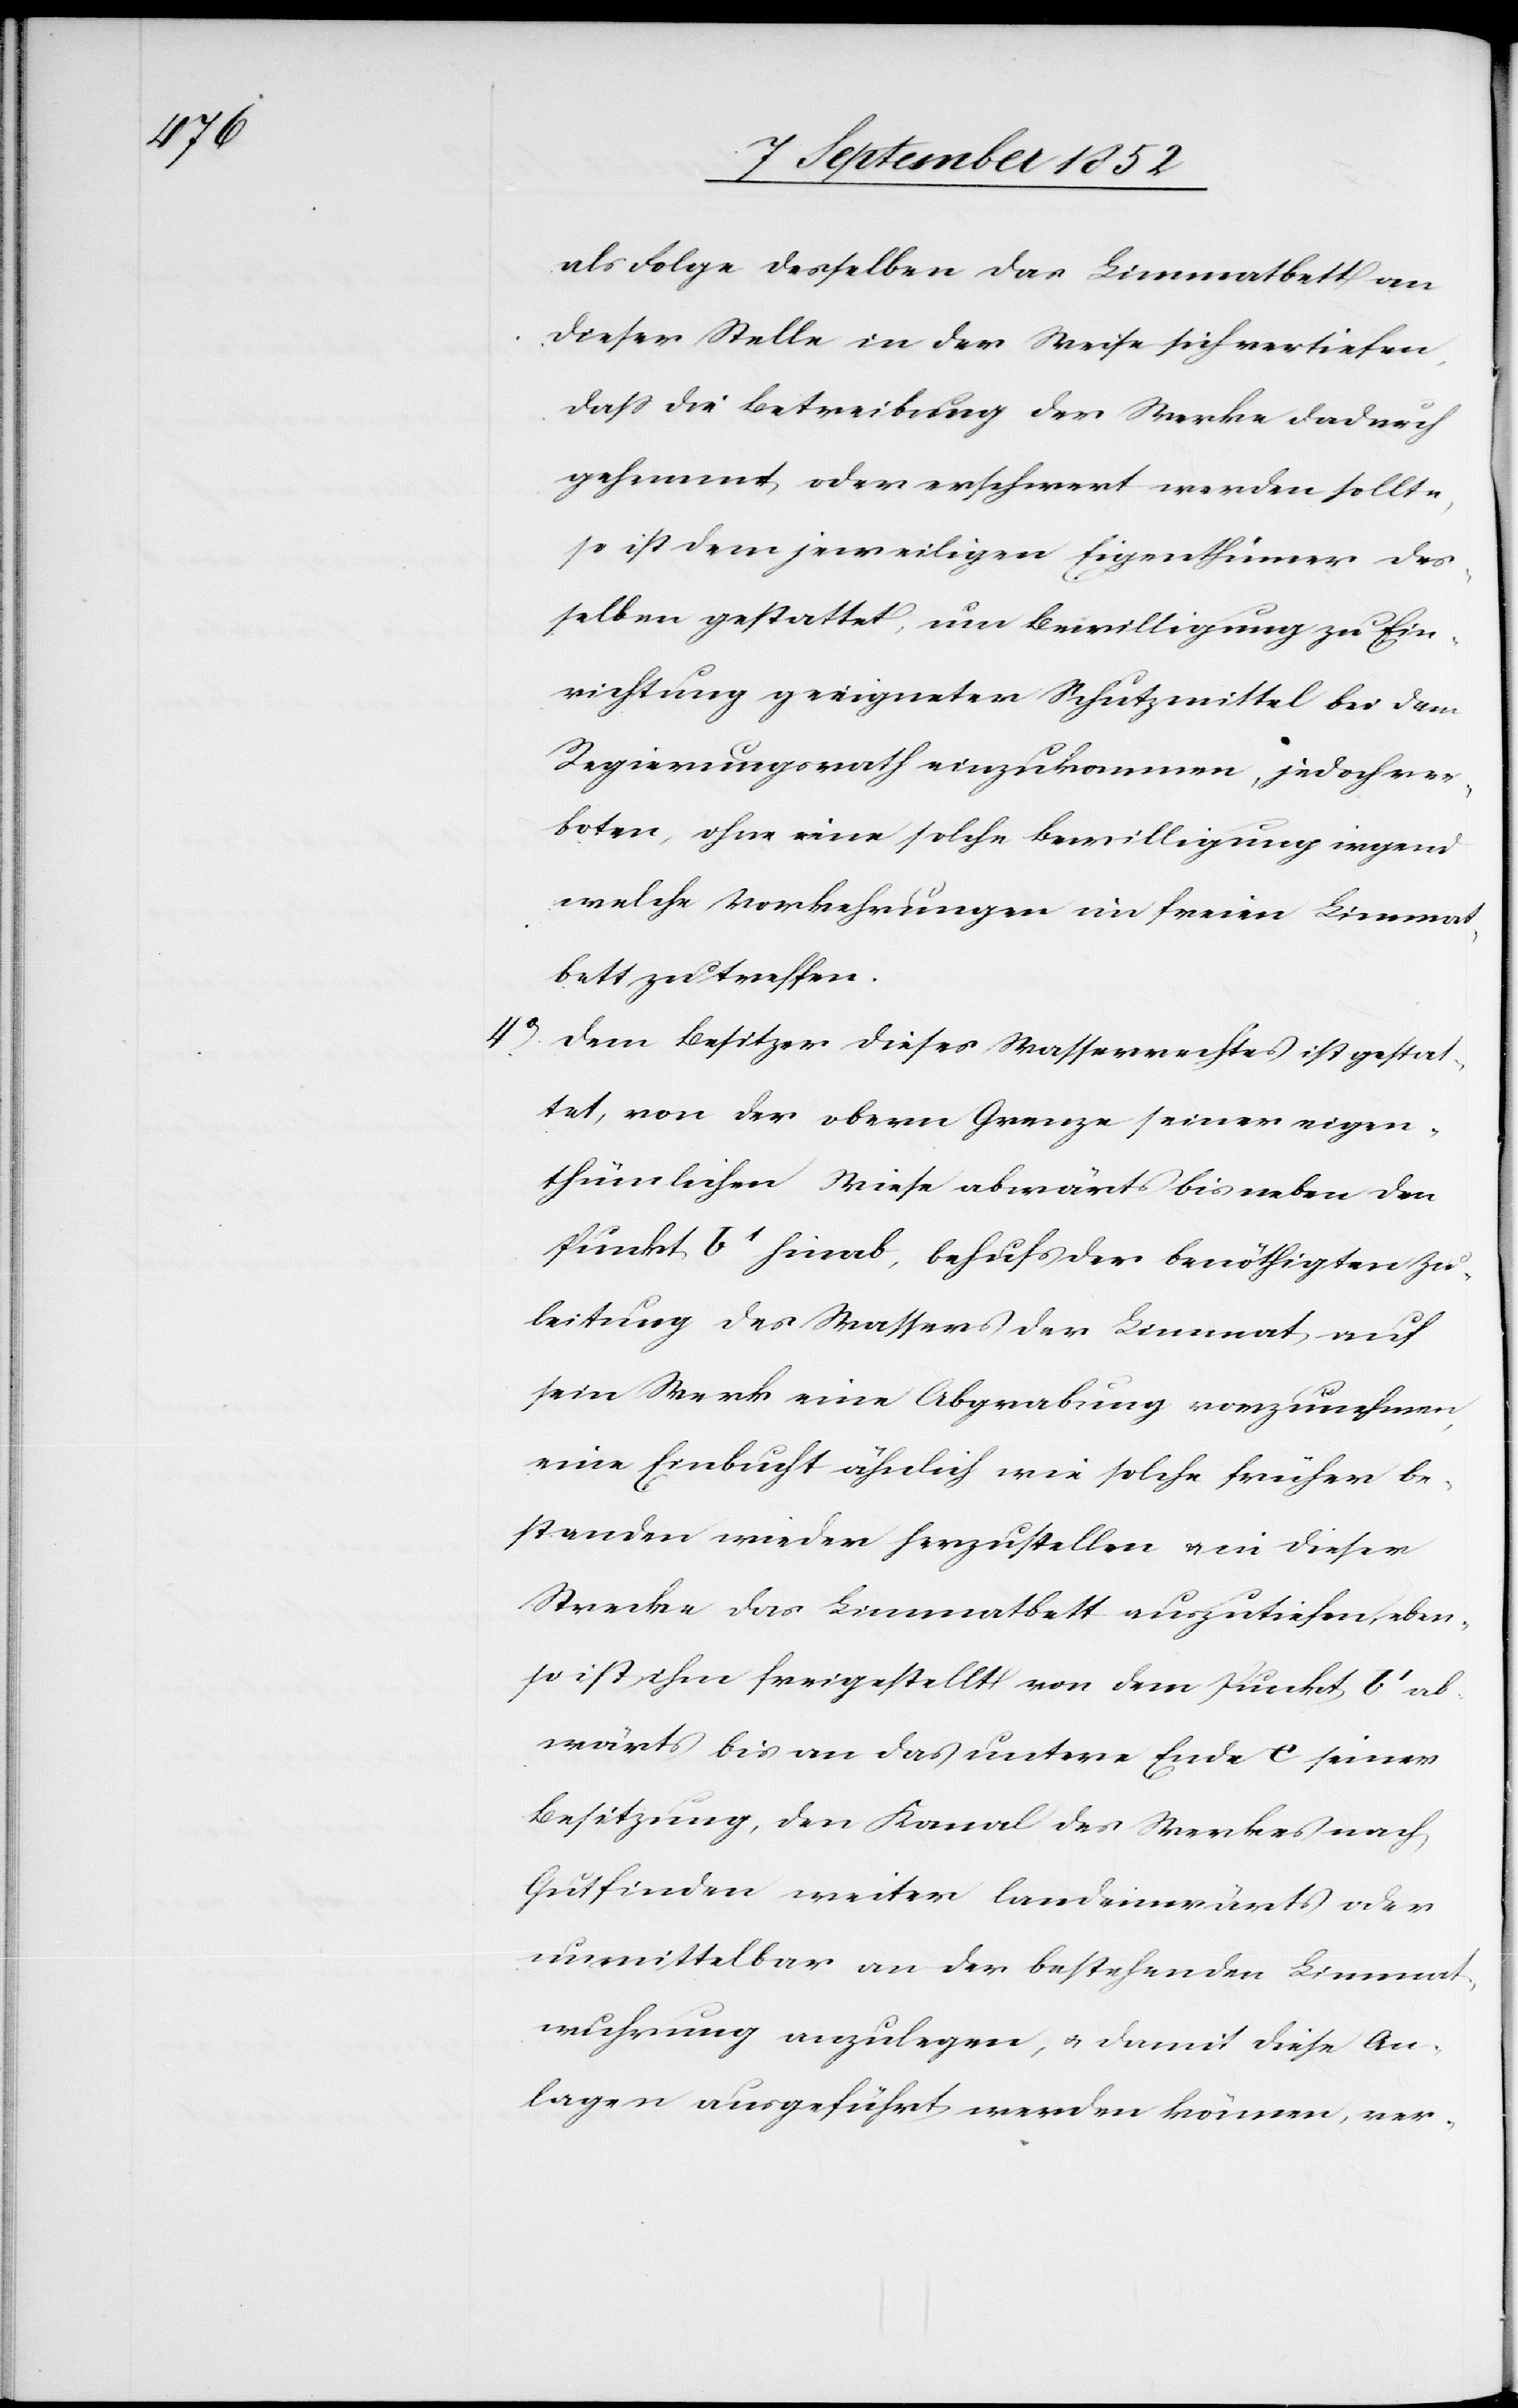
als Folge desselben das Limmatbett an
dieser Stelle in der Weise sich vertiefen,
dass die Betreibung der Werke dadurch
gehemmt oder erschwert werden sollte,
so ist dem jeweiligen Eigenthümer des¬
selben gestattet, um Bewilligung zu Ein¬
richtung geeigneter Schutzmittel bei dem
Regierungsrath einzukommen, jedoch ver¬
boten, ohne eine solche Bewilligung irgend
welche Vorkehrungen im freien Limmat¬
bett zu treffen.
Dem Besitzer dieses Wasserrechtes ist gestat¬
tet, von der obern Grenze seiner eigen¬
thümlichen Wiese abwärts bis neben den
Punkt b1 hinab, behufs der benöthigten Zu¬
leitung des Wassers der Limmat auf
sein Werk eine Abgrabung vorzunehmen,
eine Einbucht ähnlich wie solche früher be¬
standen wieder herzustellen & in dieser
Strecke das Limmatbett auszutiefen, eben¬
so ist ihm freigestellt von dem Punkt b1 ab¬
wärts bis an das untere Ende [?e] seiner
Besitzung, den Kanal des Werkes nach
Gutfinden weiter landeinwärts oder
unmittelbar an der bestehenden Limmat¬
wuhrung anzulegen, & damit diese An¬
lagen ausgeführt werden können, ver-